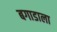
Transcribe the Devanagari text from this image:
बगाडाला